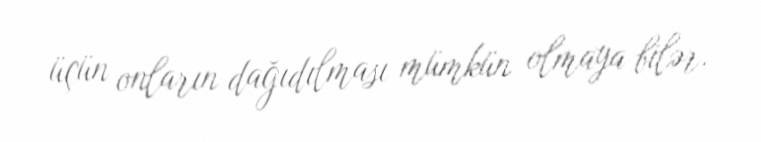
üçün onların dağıdılması mümkün olmaya bilər.